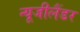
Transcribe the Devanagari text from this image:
न्यूजीलैंडर